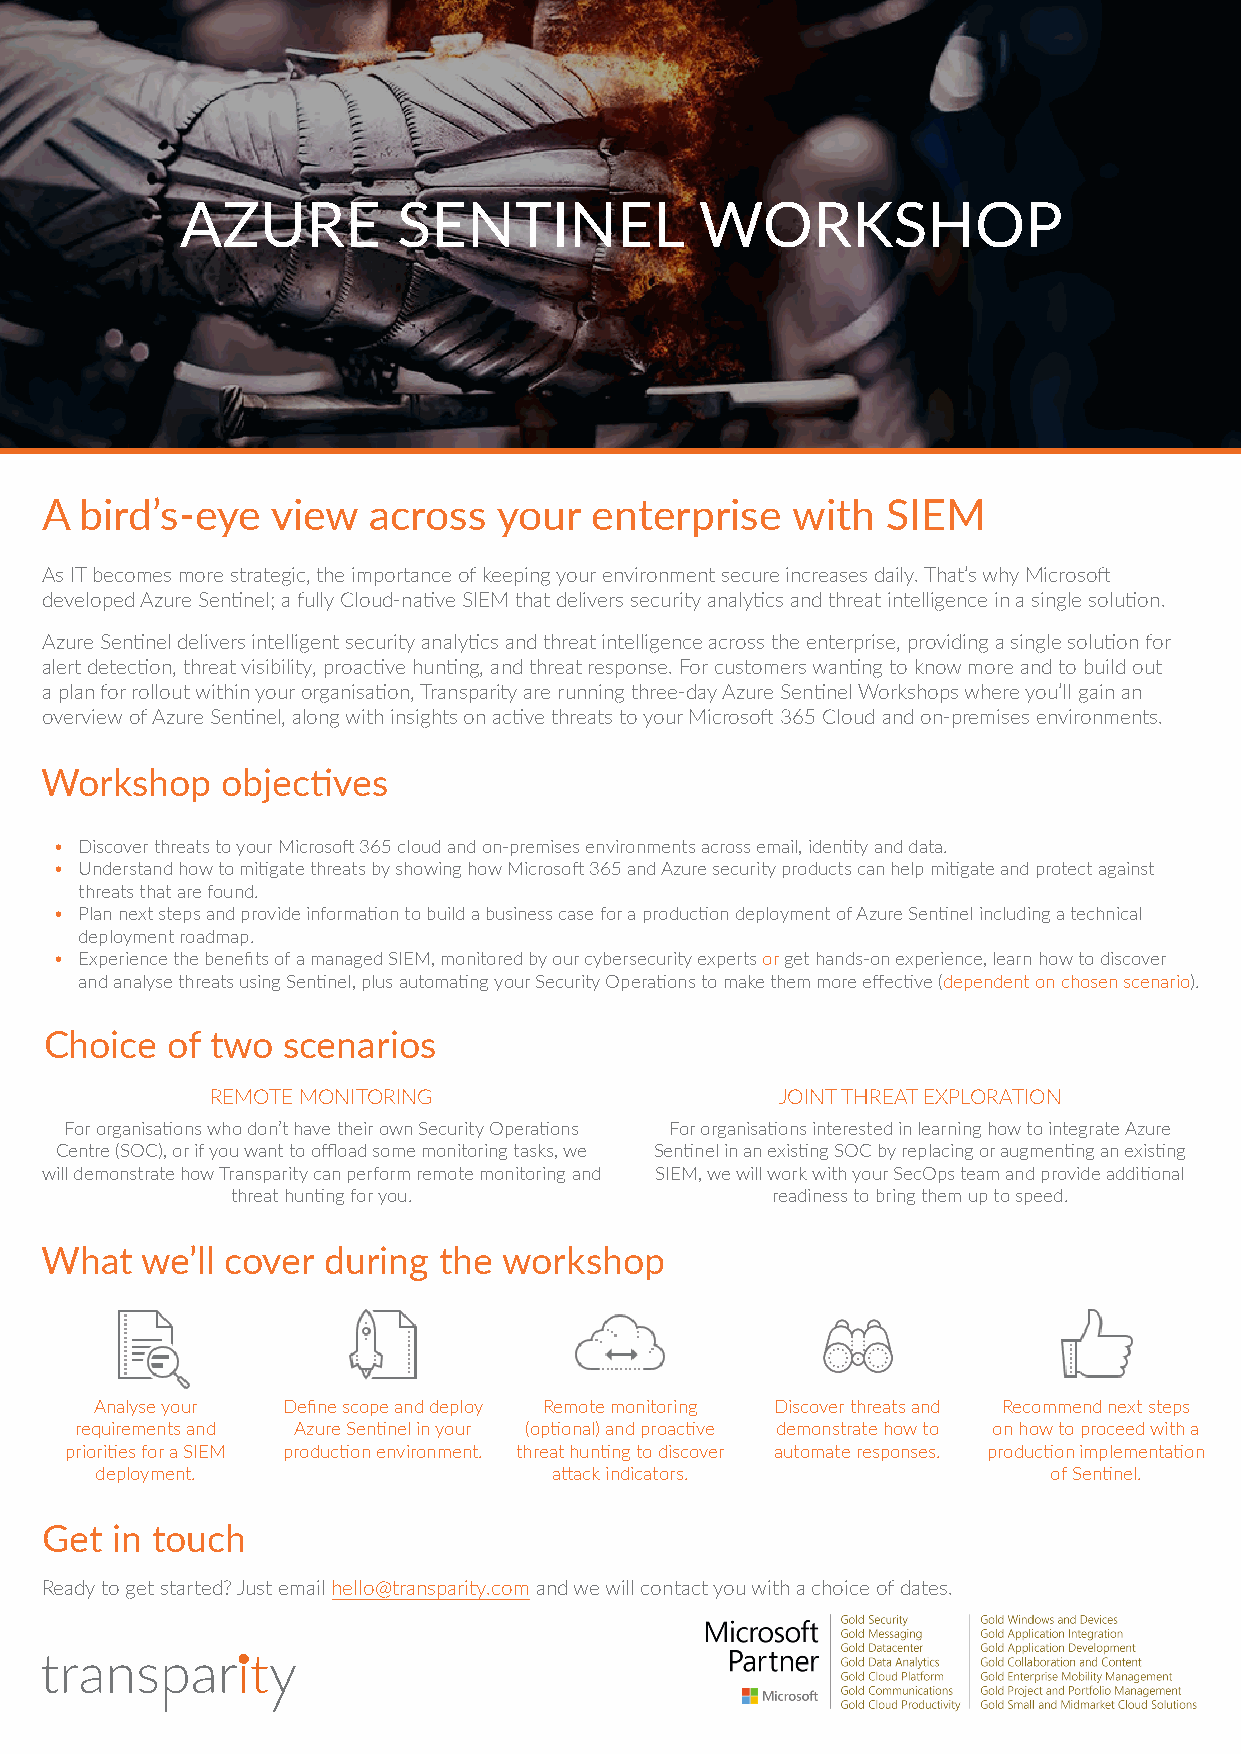
AZURE         SENTINEL            WORKSHOP
 A bird’s-eye   view  across   your  enterprise   with   SIEM
 As IT becomes more strategic, the importance of keeping your environment secure increases daily. That’s why Microsoft
 developed Azure Sentinel; a fully Cloud-native SIEM that delivers security analytics and threat intelligence in a single solution.
 Azure Sentinel delivers intelligent security analytics and threat intelligence across the enterprise, providing a single solution for
 alert detection, threat visibility, proactive hunting, and threat response. For customers wanting to know more and to build out
 a plan for rollout within your organisation, Transparity are running three-day Azure Sentinel Workshops where you’ll gain an
 overview of Azure Sentinel, along with insights on active threats to your Microsoft 365 Cloud and on-premises environments.
 Workshop    objectives
 • Discover threats to your Microsoft 365 cloud and on-premises environments across email, identity and data.
 • Understand how to mitigate threats by showing how Microsoft 365 and Azure security products can help mitigate and protect against
 threats that are found.
 • Plan next steps and provide information to build a business case for a production deployment of Azure Sentinel including a technical
 deployment roadmap.
 • Experience the benefits of a managed SIEM, monitored by our cybersecurity experts or get hands-on experience, learn how to discover
 and analyse threats using Sentinel, plus automating your Security Operations to make them more effective (dependent on chosen scenario).
 Choice  of two  scenarios
 REMOTE MONITORING                     JOINT THREAT EXPLORATION
 For organisations who don’t have their own Security Operations For organisations interested in learning how to integrate Azure
 Centre (SOC), or if you want to offload some monitoring tasks, we Sentinel in an existing SOC by replacing or augmenting an existing
 will demonstrate how Transparity can perform remote monitoring and SIEM, we will work with your SecOps team and provide additional
 threat hunting for you.             readiness to bring them up to speed.
 What  we’ll cover during  the workshop
 Analyse your Define scope and deploy Remote monitoring Discover threats and Recommend next steps
 requirements and Azure Sentinel in your (optional) and proactive demonstrate how to on how to proceed with a
 priorities for a SIEM production environment. threat hunting to discover automate responses. production implementation
 deployment.                    attack indicators.               of Sentinel.
 Get in touch
 Ready to get started? Just email hello@transparity.com and we will contact you with a choice of dates.